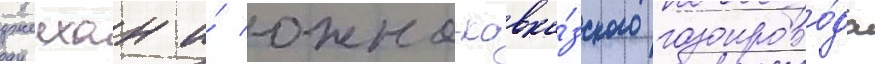
джеихан и́ южно-кавка́зского газопрово́да